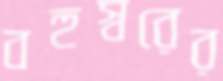
বহুস্বরের